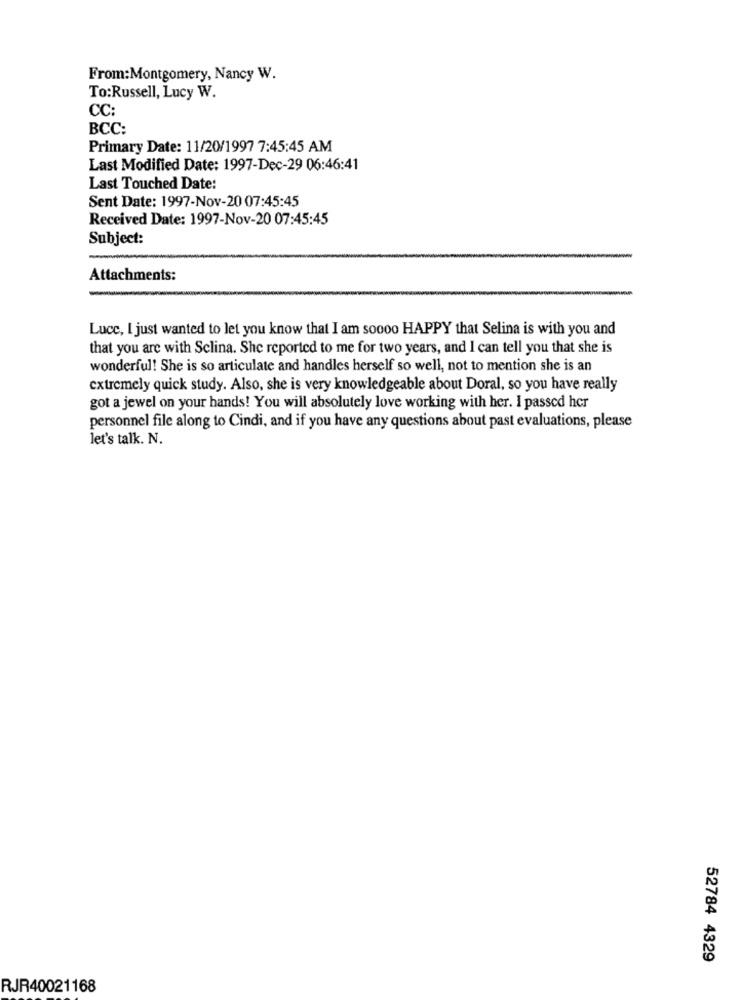
From:Montgomery, Nancy W.
To:Russell, Lucy W.
CC:
BCC:
Primary Date: 11/20/1997 7:45:45 AM
Last Modified Date: 1997-Dec-29 06:46:41
Last Touched Date:
Sent Date: 1997-Nov-20 07:45:45
Received Date: 1997-Nov-20 07:45:45
Subject:
Attachments:
Luce, I just wanted to let you know that I am soooo HAPPY that Selina is with you and
that you are with Sclina. She reported to me for two years, and I can tell you that she is
wonderful! She is so articulate and handles herself so well, not to mention she is an
extremely quick study. Also, she is very knowledgeable about Doral, so you have really
got a jewel on your hands! You will absolutely love working with her. I passed her
personnel file along to Cindi, and if you have any questions about past evaluations, please
let's talk. N.
52784 4329
RJR40021168